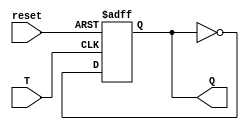
`timescale 1ns / 1ps
//////////////////////////////////////////////////////////////////////////////////
// Company: 
// Engineer: 
// 
// Design Name: 
// Module Name: FF
// Project Name: 
// Target Devices: 
// Tool Versions: 
// Description: 
// 
// Dependencies: 
// 
// Revision:
// Revision 0.01 - File Created
// Additional Comments:
// 
//////////////////////////////////////////////////////////////////////////////////


module FF(T,reset, Q);
	input T, reset;
	output reg Q;	
	always @(posedge T or posedge reset)begin
		if (reset)
			Q <= 0;
		else if (T)
			Q <= ~Q;
	end //end always	
endmodule